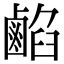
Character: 𪉦